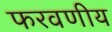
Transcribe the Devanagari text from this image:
फरवणीय